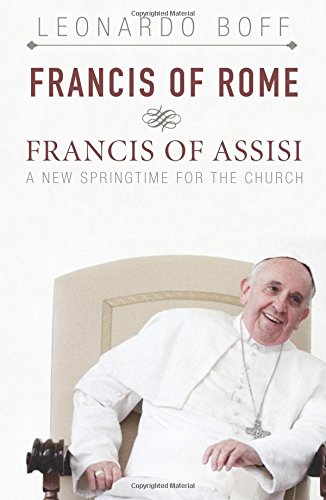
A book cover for Francis of Rome and Francis of Assisi: A New Springtime for the Church; Leonardo Boff; Christian Books & Bibles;